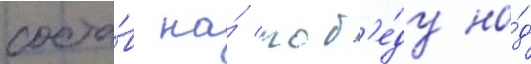
соста́в на́ поб'е́ду на́д